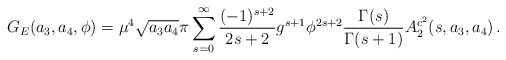
\begin{align*}G_{E}(a_{3},a_{4},\phi)=\mu^{4}\sqrt{a_{3}a_{4}}\pi\sum^{\infty}_{s=0}\frac{(-1)^{s+2}}{2s+2}g^{s+1}\phi^{2s+2}\frac{\Gamma(s)}{\Gamma(s+1)}A^{c^{2}}_{2}(s,a_{3},a_{4})\, . \end{align*}